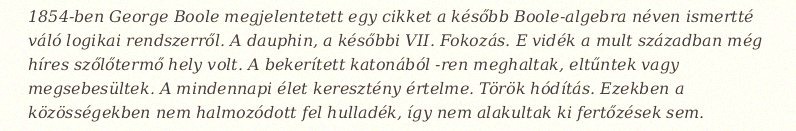
1854-ben George Boole megjelentetett egy cikket a később Boole-algebra néven ismertté váló logikai rendszerről. A dauphin, a későbbi VII. Fokozás. E vidék a mult században még híres szőlőtermő hely volt. A bekerített katonából -ren meghaltak, eltűntek vagy megsebesültek. A mindennapi élet keresztény értelme. Török hódítás. Ezekben a közösségekben nem halmozódott fel hulladék, így nem alakultak ki fertőzések sem.